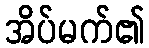
အိပ်မက်၏